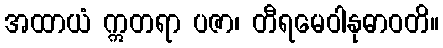
အထာယံ ဣတရာ ပဇာ၊ တီရမေဝါနုဓာဝတိ။